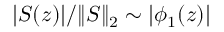
\vert S ( z ) \vert / \| S \| _ { 2 } \sim \vert \phi _ { 1 } ( z ) \vert